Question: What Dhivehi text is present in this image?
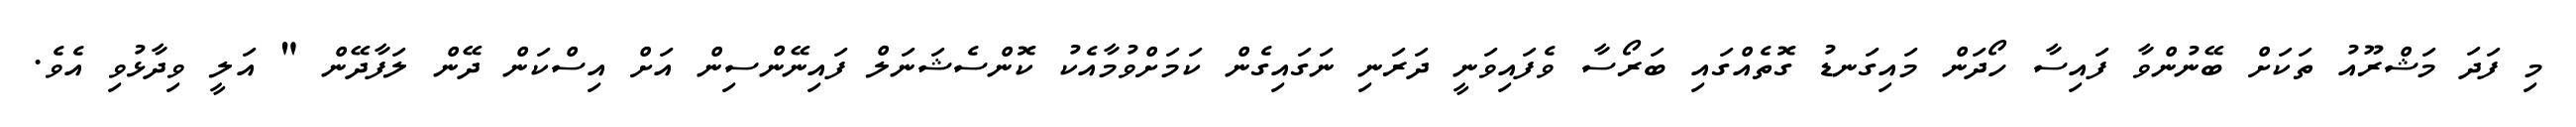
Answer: މި ފަދަ މަޝްރޫއު ތަކަށް ބޭނުންވާ ފައިސާ ހޯދަން މައިގަނޑު ގޮތެއްގައި ބަރޯސާ ވެފައިވަނީ ދަރަނި ނަގައިގެން ކަމަށްވުމާއެކު ކޮންސެޝަނަލް ފައިނޭންސިން އަށް އިސްކަން ދޭން ލަފާދޭން " އަލީ ވިދާޅުވި އެވެ.